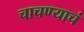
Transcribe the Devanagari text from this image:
चाचण्याचं